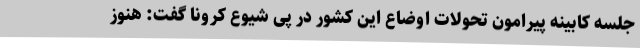
جلسه کابینه پیرامون تحولات اوضاع این کشور در پی شیوع کرونا گفت: هنوز